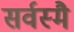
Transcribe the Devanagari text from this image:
सर्वस्मै